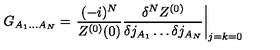
G _ { A _ { 1 } \dots A _ { N } } = \left. \frac { ( - i ) ^ { N } } { Z ^ { ( 0 ) } ( 0 ) } \frac { \delta ^ { N } Z ^ { ( 0 ) } } { \delta j _ { A _ { 1 } } \dots \delta j _ { A _ { N } } } \right| _ { j = k = 0 }